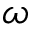
\omega